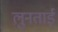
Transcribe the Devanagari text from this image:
लुनताई